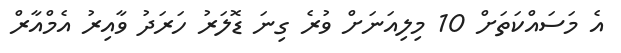
އެ މަސައްކަތަށް 10 މިލިއަނަށް ވުރެ ގިނަ ޑޮލަރު ހަރަދު ވާއިރު އެމްއާރް